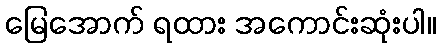
မြေအောက် ရထား အကောင်းဆုံးပါ။